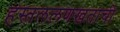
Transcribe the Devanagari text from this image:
हस्तललणखताची